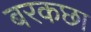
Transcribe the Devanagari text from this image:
बरकछा